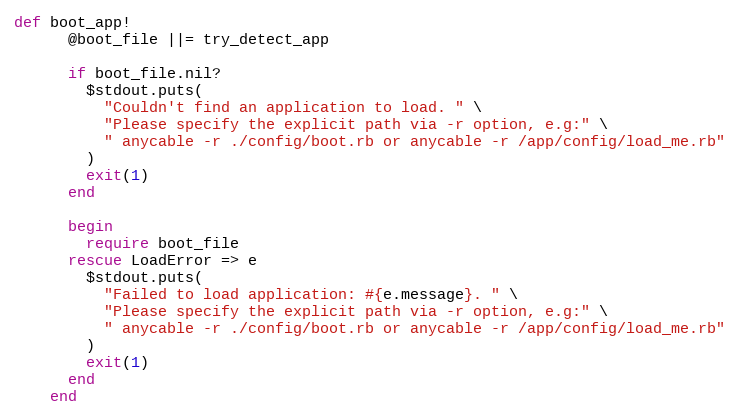
Language: Ruby
def boot_app!
      @boot_file ||= try_detect_app

      if boot_file.nil?
        $stdout.puts(
          "Couldn't find an application to load. " \
          "Please specify the explicit path via -r option, e.g:" \
          " anycable -r ./config/boot.rb or anycable -r /app/config/load_me.rb"
        )
        exit(1)
      end

      begin
        require boot_file
      rescue LoadError => e
        $stdout.puts(
          "Failed to load application: #{e.message}. " \
          "Please specify the explicit path via -r option, e.g:" \
          " anycable -r ./config/boot.rb or anycable -r /app/config/load_me.rb"
        )
        exit(1)
      end
    end